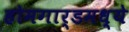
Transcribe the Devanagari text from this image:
होमगार्डमध्ये